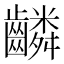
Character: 𬹸